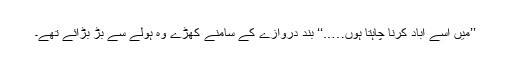
’’میں اسے آباد کرنا چاہتا ہوں…..‘‘ بند دروازے کے سامنے کھڑے وہ ہولے سے بڑ بڑائے تھے۔